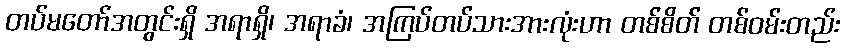
တပ်မတော်အတွင်းရှိ အရာရှိ၊ အရာခံ၊ အကြပ်တပ်သားအားလုံးဟာ တစ်စိတ် တစ်ဝမ်းတည်း